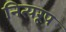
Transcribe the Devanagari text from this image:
नित्यरूप